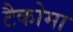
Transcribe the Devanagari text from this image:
टैकोमा